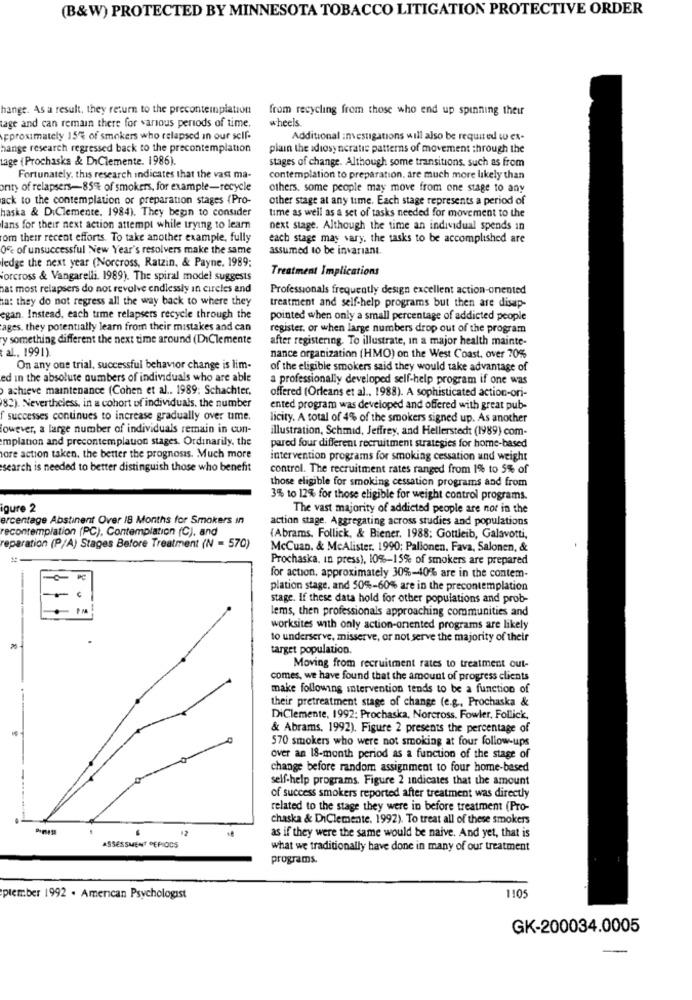
(B&W) PROTECTED BY MINNESOTA TOBACCO LITIGATION PROTECTIVE ORDER
hange. As a result, they return to the precontemplation
from recycling from those who end up spinning their
wheels
tage and can remain there for various periods of time.
Approximately 15'% of smokers who relapsed in our self-
Additional investigations will also be required w ex-
hange research regressed back to the precontemplation
plain the idiosyncratic patterns of movement through the
Lage (Prochasks & DiClemente. 1986).
stages of change. Although some transitions, such as from
Fortunately, this research indicates that the vast ma-
contemplation to preparation. are much more likely than
onity of relapsers-85% of smokers, for example-recycle
others, some people may move from one stage to any
ack to the contemplation or preparation stages (Pro-
other stage at any time. Each stage represents a period of
haska & DiClemente. 1984). They begin to consider
time as well as a set of tasks needed for movement to the
lans for their next action attempt while trying to learn
next stage. Although the time an individual spends in
om their recent efforts. To take another example, fully
each stage may vary. the tasks to be accomplished are
0% of unsuccessful New Year's resolvers make the same
assumed to be invariant.
ledge the next year (Norcross, Ratzin, & Payne. 1989:
Treatment Implications
forcross & Vangarelli. 1989). The spiral model suggests
hat most relapsers do not revolve endlessly in circles and
Professionals frequently design excellent action-onented
ta: they do not regress all the way back to where they
treatment and self-help programs but then are disap-
egan. Instead, each time relapsers recycle through the
pointed when only a small percentage of addicted people
ages. they potentially learn from their mistakes and can
register, or when large numbers drop out of the program
y something different the next time around (DiClemente
after registering. To illustrate, In a major health mainte-
al ., 1991).
nance organization (HMO) on the West Coast. over 70%
On any one trial, successful behavior change is lim-
of the eligible smokers said they would take advantage of
ed in the absolute numbers of individuals who are able
a professionally developed self-help program if one was
achieve maintenance (Cohen et al .. 1989; Schachter,
offered (Orleans et al ., 1988). A sophisticated action-ori-
82). Nevertheless, in a cohort of individuals, the number
ented program was developed and offered with great pub-
f successes continues to increase gradually over ume.
licity. A total of 4% of the smokers signed up. As another
lowever, a large number of individuals remain in con-
illustration, Schmid, Jeffrey, and Hellerstedt (1989) com-
mplation and precontemplauon stages. Ordinarily, the
pared four different recruitment strategies for home-based
ore action taken, the better the prognosis. Much more
intervention programs for smoking cessation and weight
search is needed to better distinguish those who benefit
control. The recruitment rates ranged from 1% to 5% of
those eligible for smoking cessation programs and from
3% to 12% for those eligible for weight control programs.
igure 2
The vast majority of addicted people are nor in the
ercentage Abstinent Over 18 Months for Smokers in
action stage. Aggregating across studies and populations
recontemplation (PC), Contemplation (C), and
(Abrams, Follick, & Biener. 1988; Gottleib, Galavotti,
reparation (P/A) Stages Before Treatment (N = 570)
McCuan. & MeAlister. 1990; Pallonen. Fava, Salonen, &
Prochaska, in press), 10%-15% of smokers are prepared
for action, approximately 30%-40% are in the contem-
plation stage. and 50%-60% are in the precontemplation
stage. If these data hold for other populations and prob-
lems, then professionals approaching communities and
----
worksites with only action-oriented programs are likely
to underserve, misserve, or not serve the majority of their
target population.
Moving from recruitment rates to treatment out-
comes, we have found that the amount of progress clients
make following intervention tends to be a function of
their pretreatment stage of change (e.g ., Prochaska &
DiClemente, 1992; Prochaska, Norcross. Fowler, Follick,
& Abrams, 1992). Figure 2 presents the percentage of
570 smokers who were not smoking at four follow-ups
over an 18-month period as a function of the stage of
change before random assignment to four home-based
self-help programs. Figure 2 indicates that the amount
of success smokers reported after treatment was directly
related to the stage they were in before treatment (Pro-
chaska & DiClemente. 1992). To treat all of these smokers
12
as if they were the same would be naive. And yet, that is
ASSESSMENT PEPIOCS
what we traditionally have done in many of our treatment
programs.
ptember 1992 . American Psychologist
1105
GK-200034.0005